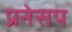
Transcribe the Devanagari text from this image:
प्रनेसप